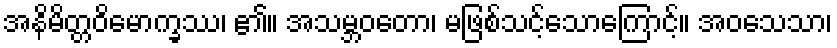
အနိမိတ္တဝိမောက္ခဿ၊ ၏။ အသမ္ဘဝတော၊ မဖြစ်သင့်သောကြောင့်။ အဝသေသာ၊